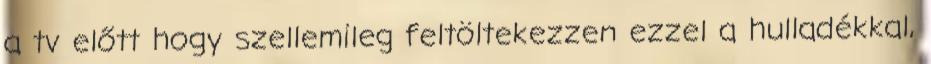
a tv előtt hogy szellemileg feltöltekezzen ezzel a hulladékkal,